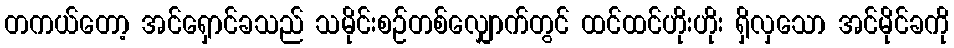
တကယ်တော့ အင်ရှောင်ခသည် သမိုင်းစဉ်တစ်လျှောက်တွင် ထင်ထင်ဟိုးဟိုး ရှိလှသော အင်မိုင်ခကို